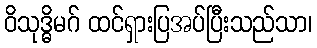
ဝိသုဒ္ဓိမဂ် ထင်ရှားပြအပ်ပြီးသည်သာ၊